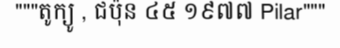
"""តូក្យូ , ជប៉ុន ៤៥ ១៩៧៧ Pilar"""